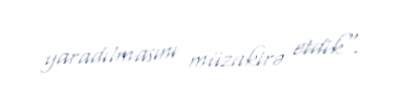
yaradılmasını müzakirə etdik".